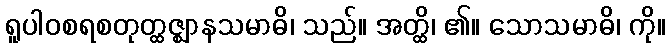
ရူပါဝစရစတုတ္ထဇ္ဈာနသမာဓိ၊ သည်။ အတ္ထိ၊ ၏။ သောသမာဓိ၊ ကို။